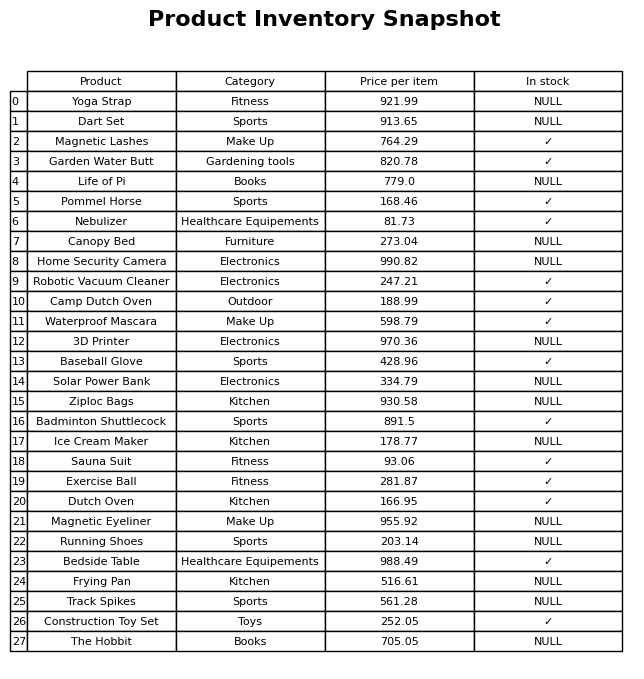
question: What is the price for Sauna Suit?
answer: The price of Sauna Suit is 93.06.